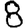
Digit: 8